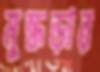
মুন্ধড়ার